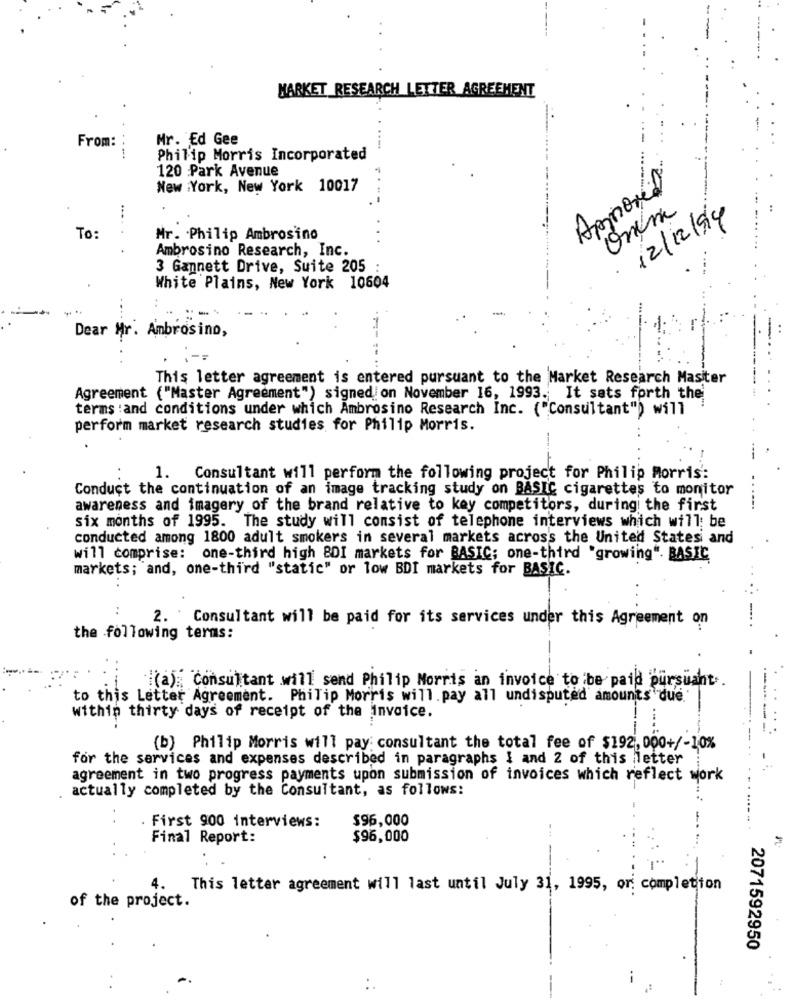
MARKET RESEARCH LETTER AGREEMENT
Mr. Ed Gee
From:
....
Philip Morris Incorporated
120 Park Avenue
New York, New York 10017
Approved
Onem
· 12/12/914
To:
Mr. Philip Ambrosino
Ambrosino Research, Inc.
3 Gannett Drive, Suite 205 :
White Plains, New York 10604
Dear Mr. Ambrosino,
This letter agreement is entered pursuant to the Market Research Masiter
Agreement ("Master Agreement") signed on November 16, 1993. It sets forth the
terms and conditions under which Ambrosino Research Inc. ("Consultant") will
perform market research studies for Philip Morris.
1. Consultant will perform the following project for Philip Morris:
Conduct the continuation of an image tracking study on BASIC cigarettes to monitor
awareness and imagery of the brand relative to key competitors, during the first
six months of 1995. The study will consist of telephone interviews which will be
conducted among 1800 adult smokers in several markets across the United States and
will comprise: one-third high BDI markets for BASIC; one-third "growing". BASIC
markets; and, one-third "static" or low BDI markets for BASIC.
..
2. Consultant will be paid for its services under this Agreement on
the following terms:
(a); Consultant will send Philip Morris an invoice to be paid pursuant ..
to this Letter Agreement. Philip Morris will. pay all undisputed amounts due
within thirty days of receipt of the invoice.
(b) Philip Morris will pay: consultant the total fee of $192, 000+/-10%
for the services and expenses described in paragraphs 1 and 2 of this letter
agreement in two progress payments upon submission of invoices which reflect work
actually completed by the Consultant, as follows:
..
$96,000
. First 900 interviews:
Final Report:
$96,000
4. This letter agreement will last until July 31, 1995, or: completion
of the project.
2071592950